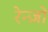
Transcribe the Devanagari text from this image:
रेन्ज़ो